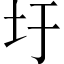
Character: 圩